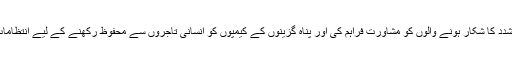
جنسی تشدد کا شکار ہونے والوں کو مشاورت فراہم کی اور پناہ گزینوں کے کیمپوں کو انسانی تاجروں سے محفوظ رکھنے کے لیے انتظامات کیے۔